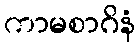
ကာမစာဂိနံ